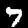
Label: 7